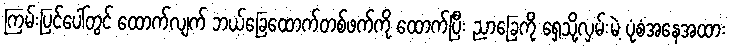
ကြမ်းပြင်ပေါ်တွင် ထောက်လျက် ဘယ်ခြေထောက်တစ်ဖက်ကို ထောက်ပြီး ညာခြေကို ရှေ့သို့လှမ်းမဲ့ ပုံစံအနေအထား